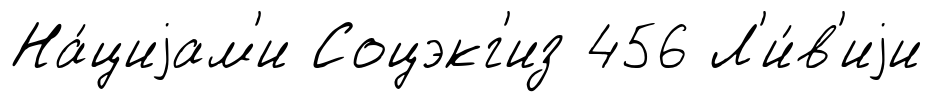
На́циjам'и Соцэкг'из 456 Л'и́в'иjи